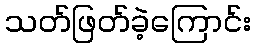
သတ်ဖြတ်ခဲ့ကြောင်း